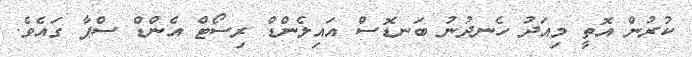
ކުރުން އޮތީ މިއަދު ހެނދުނު ބަނޑޮސް އައިލެންޑް ރިސޯޓް އެންޑް ސްޕާ ގައެވެ.